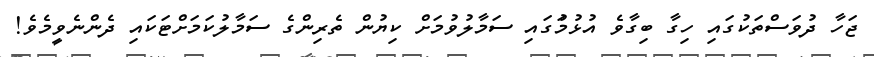
ޖަހާ ދުވަސްތަކުގައި ހިގާ ބިގާވެ އުޅުމަުގައި ސަމާލުވުމަށް ކިޔުން ތެރިންގެ ސަމާލުކަމަށްޓަކައި ދެންނެވީމެވެ!